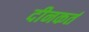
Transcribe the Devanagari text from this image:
दीनकर्त